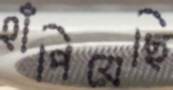
হাঁপিয়েছি